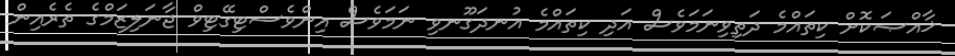
ޚާއްޞަކޮށް ކިތައްމެ ދަތިވިނަމަވެސް އަދި ކިތައްމެ އުނދަގޫނވި ނަމަވެސް އިންވެސްޓިގޭޓިވް ޖާނަލިޒަމްގެ ތެރެއިން